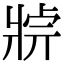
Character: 𤖄